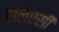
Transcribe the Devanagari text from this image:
एलिएसी